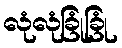
လုံလုံခြုံခြုံ